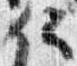
信